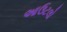
આઉટલો